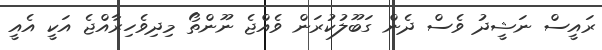
ރައީސް ނަޝީދު ވެސް ދެން ގަބޫލުކުރަން ވެއްޖެ ނޫންތޯ މިދިވެހިރާއްޖެ އަކީ އެއީ